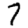
Digit: 7